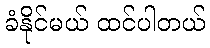
ခံနိုင်မယ် ထင်ပါတယ်